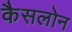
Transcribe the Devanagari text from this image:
कैसलोन